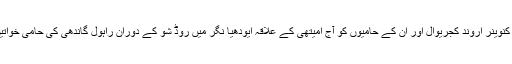
20 اپریل (سیاست ڈاٹ کام) عام آدمی پارٹی کے کنوینر اروند کجریوال اور ان کے حامیوں کو آج امیتھی کے علاقہ ایودھیا نگر میں روڈ شو کے دوران راہول گاندھی کی حامی خواتین کے ایک گروپ کے احتجاج کا سامنا کرنا پڑا۔